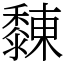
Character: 䵔